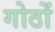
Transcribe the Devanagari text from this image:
गोठों